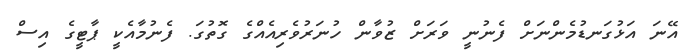
އޭނަ އަޅުގަނޑުމެންނަށް ފެނުނީ ވަރަށް ޒުވާން ހުނަރުވެރިއެއްގެ ގޮތުގަ. ފެނުމާއެކީ ޕާޓީގެ އިސް